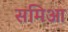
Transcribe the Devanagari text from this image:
समिआ